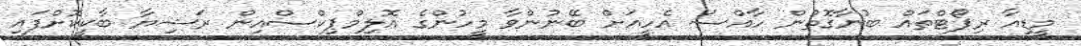
މީޑިއާ ރިޕޯޓްތައް ބުނާގޮތުން ހާއްސަ އެހީއަށް ބޭނުންވާ މީހުންގެ އޮލިމްޕިކްސްއިން ރަޝިޔާ ބާކީކޮށްފައި